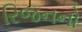
રિજનનો